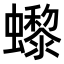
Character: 𧔌